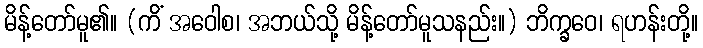
မိန့်တော်မူ၏။ (ကိံ အဝေါစ၊ အဘယ်သို့ မိန့်တော်မူသနည်း။) ဘိက္ခဝေ၊ ရဟန်းတို့။